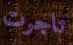
تاجرت